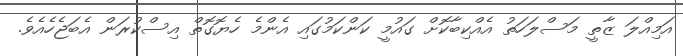
އަމިއްލަ ޒާތީ މަސްލަހަތު އެއްކިބާކޮށް ގައުމީ ކަންކަމުގައި އެންމެ ހެޔޮގޮތް އިސްކުރަން އެބަޖެހެއެވެ.